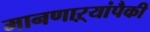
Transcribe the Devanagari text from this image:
मानणाऱ्यांपैकी